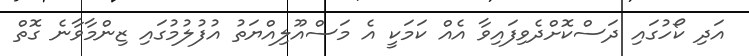
އަދި ކޯހުގައި ދަސްކޮށްދެވިފައިވާ އެއް ކަމަކީ އެ މަސްއޫލިއްޔަތު އުފުލުމުގައި ޒިންމާވާނެ ގޮތް